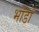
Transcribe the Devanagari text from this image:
भाँडों